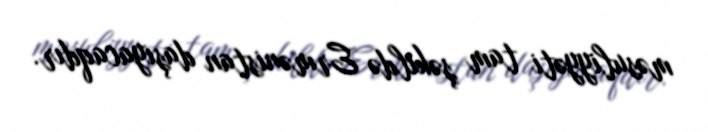
məsuliyyəti tam şəkildə Ermənistan daşıyacaqdır.